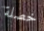
خصلة